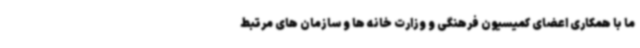
ما با همکاری اعضای کمیسیون فرهنگی و وزارت خانه ها و سازمان های مرتبط